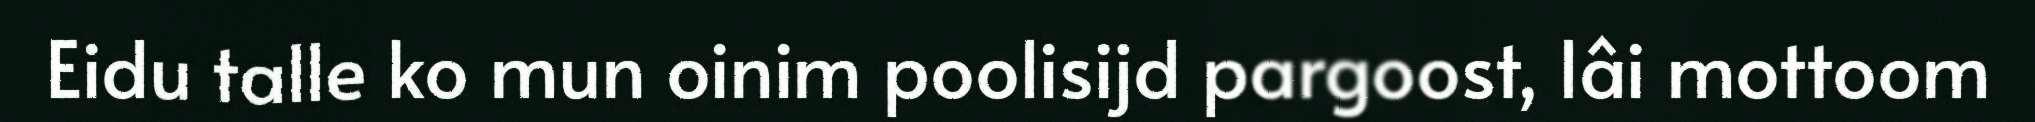
Eidu talle ko mun oinim poolisijd pargoost, lâi mottoom